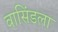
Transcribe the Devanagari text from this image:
वासिंडला